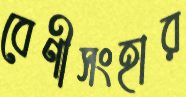
বেণীসংহার